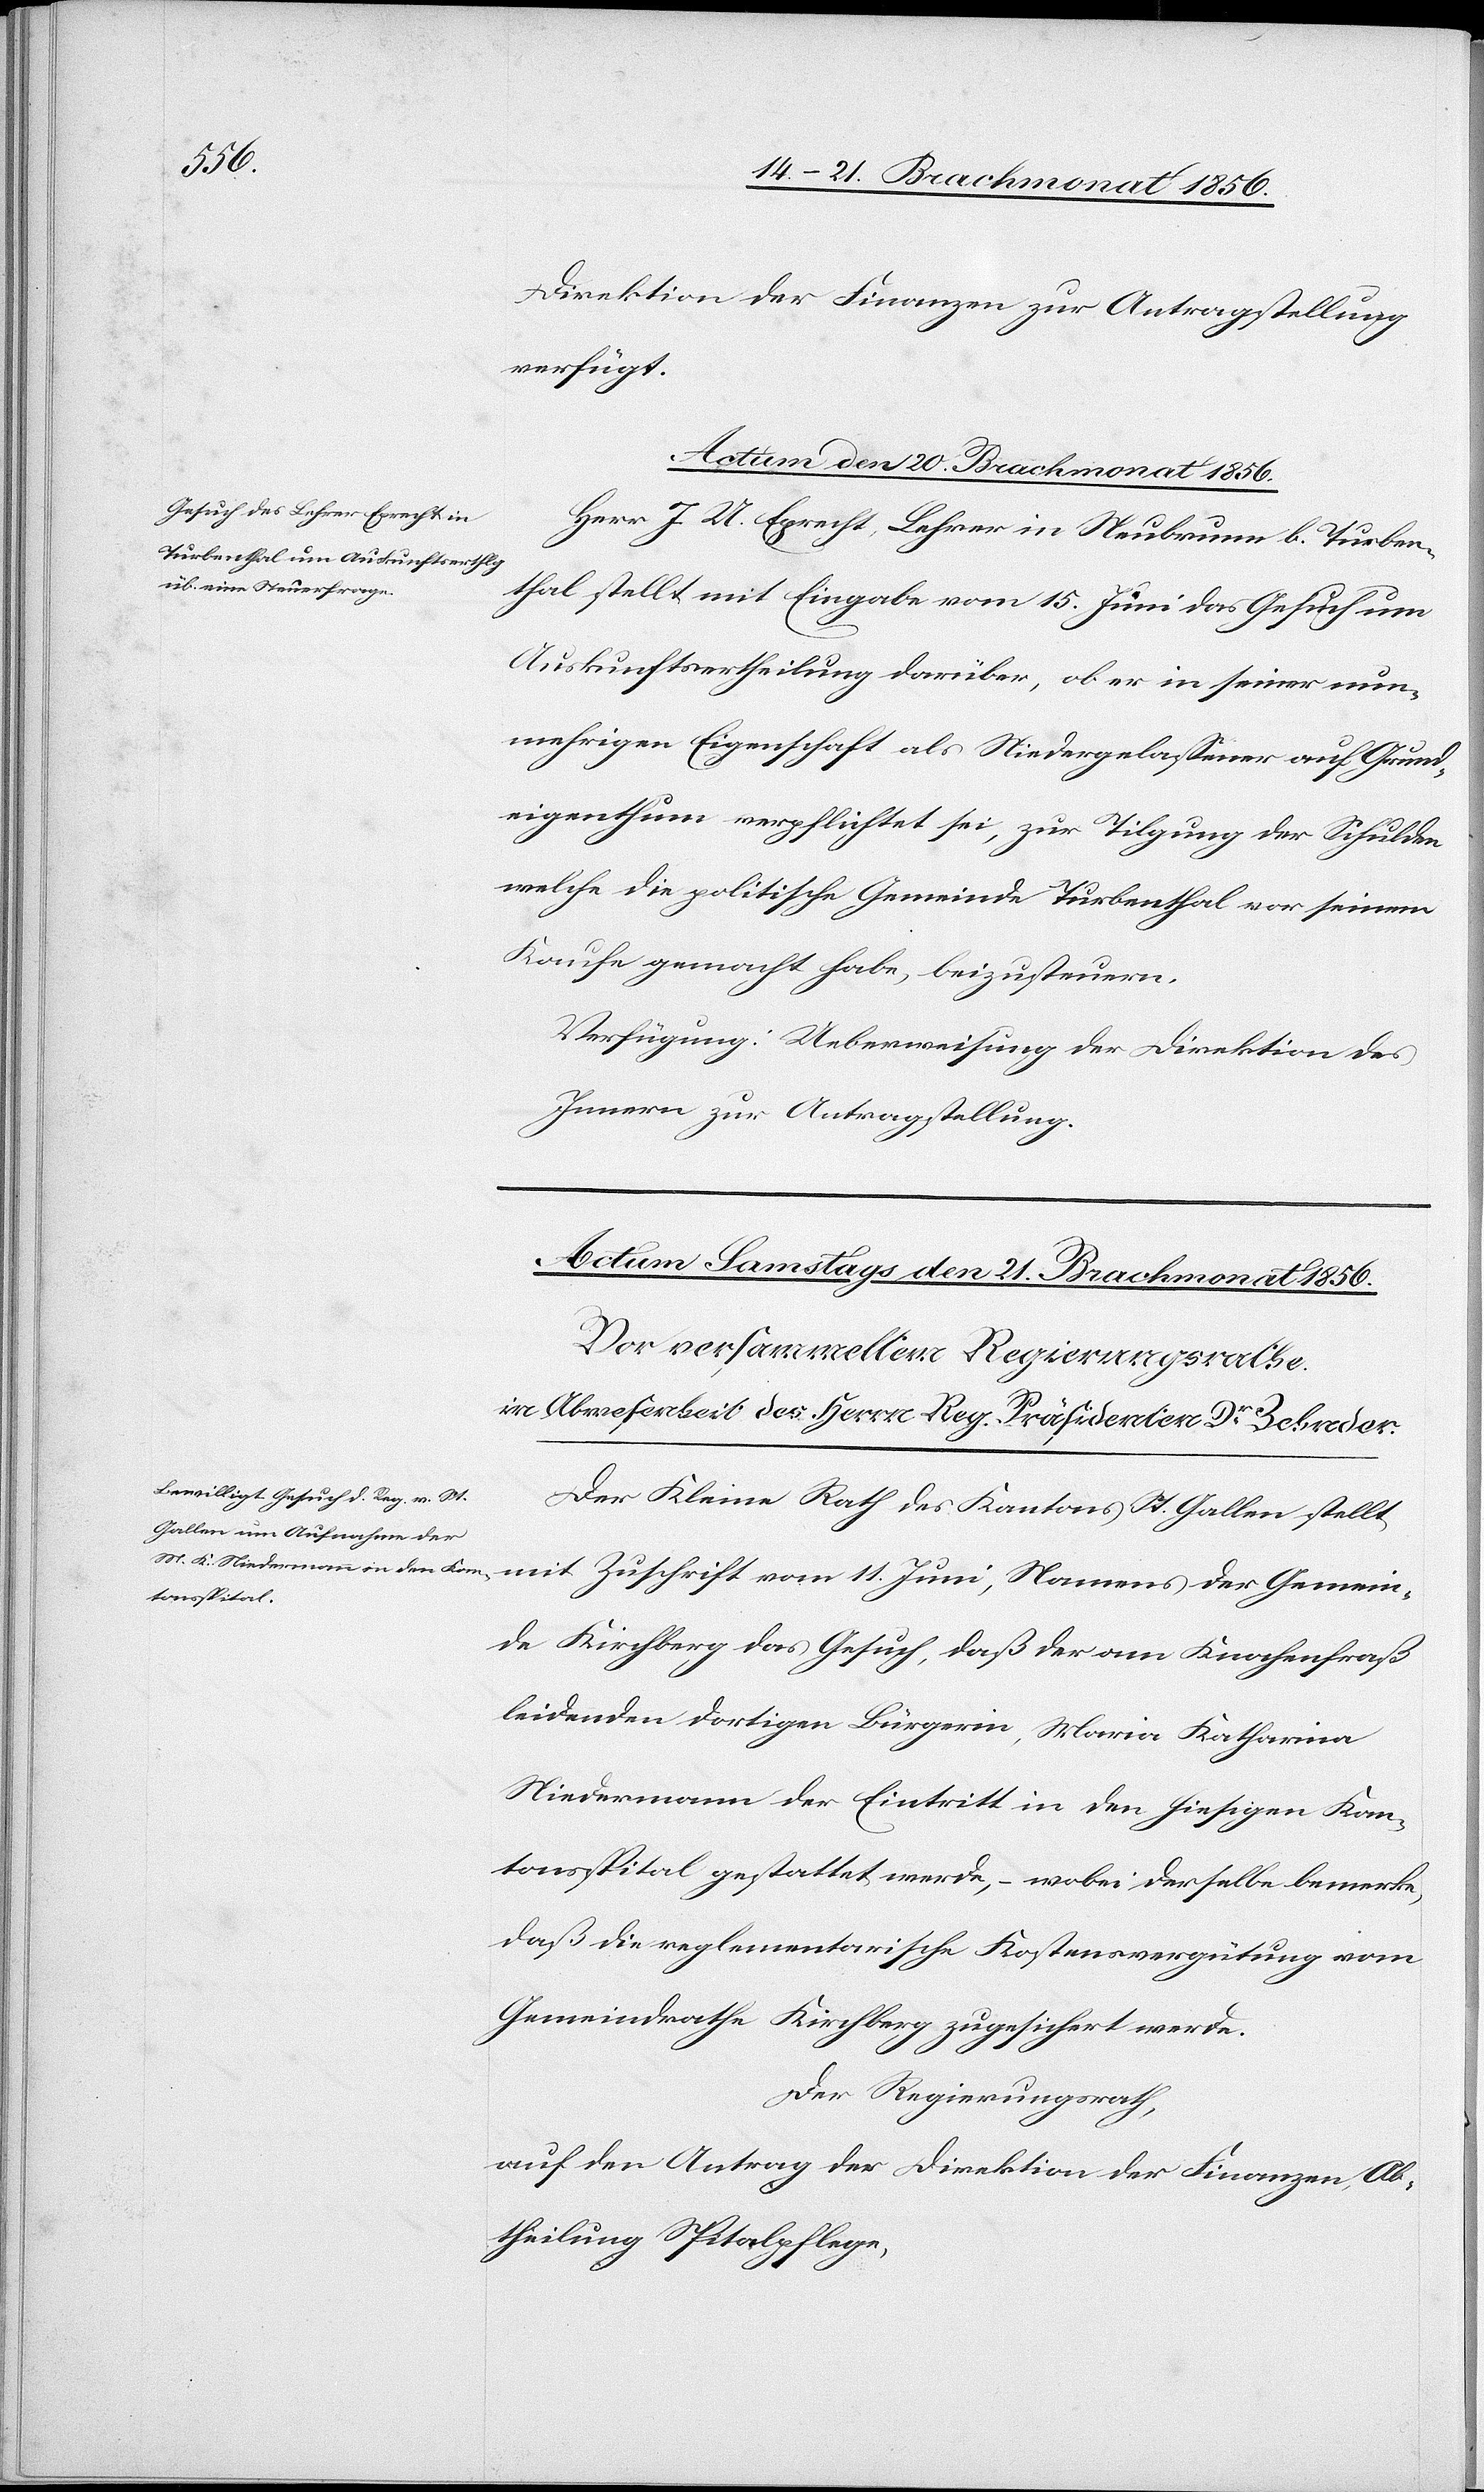
Direktion der Finanzen zur Antragstellung
verfügt.
Actum den 20. Brachmonat 1856.
Herr J. U. Eprecht, Lehrer in Neubrunn b. Turben¬
thal stellt mit Eingabe vom 15. Juni das Gesuch um
Auskunftsertheilung darüber, ob er in seiner nun¬
mehrigen Eigenschaft als Niedergelassener auf Grund¬
eigenthum verpflichtet sei, zur Tilgung der Schulden
welche die politische Gemeinde Turbenthal vor seinem
Kaufe gemacht habe, beizusteuern.
Verfügung: Ueberweisung der Direktion des
Innern zur Antragstellung.
Der Kleine Rath des Kantons St. Gallen stellt
mit Zuschrift vom 11. Juni, Namens der Gemein¬
de Kirchberg das Gesuch, daß der am Knochenfraß
leidenden dortigen Bürgerin, Maria Katharina
Niedermann der Eintritt in den hiesigen Kan¬
tonsspital gestattet werde, – wobei derselbe bemerke,
daß die reglementarische Kostensvergütung vom
Gemeindrathe Kirchberg zugesichert werde.
Der Regierungsrath,
auf den Antrag der Direktion der Finanzen, Ab¬
theilung Spitalpflege,